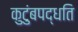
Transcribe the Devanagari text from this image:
कुटुंबपद्धति